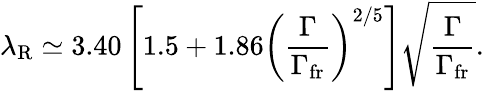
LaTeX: \lambda_{\mathrm{R}}\simeq 3.40\left[1.5+1.86\left(\frac{\Gamma}{\Gamma_{\mathrm{fr}}}\right)^{2/5}\right]\sqrt{\frac{\Gamma}{\Gamma_{\mathrm{fr}}}}.